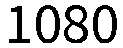
1080